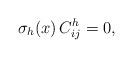
LaTeX: \begin{align*} \sigma_{h}(x)\,C^h_{ij}=0,\end{align*}